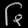
Digit: ၆